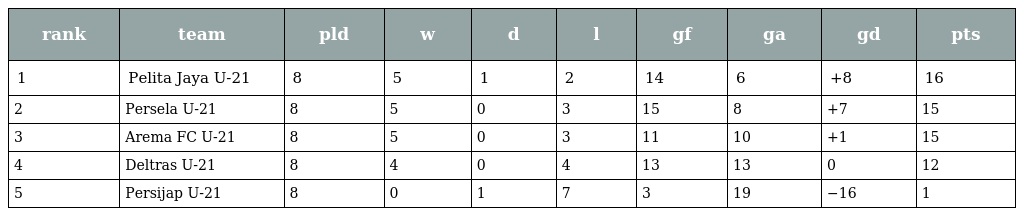
| rank | team | pld | w | d | l | gf | ga | gd | pts |
 | --- | --- | --- | --- | --- | --- | --- | --- | --- | --- |
 | 1 | Pelita Jaya U-21 | 8 | 5 | 1 | 2 | 14 | 6 | +8 | 16 |
 | 2 | Persela U-21 | 8 | 5 | 0 | 3 | 15 | 8 | +7 | 15 |
 | 3 | Arema FC U-21 | 8 | 5 | 0 | 3 | 11 | 10 | +1 | 15 |
 | 4 | Deltras U-21 | 8 | 4 | 0 | 4 | 13 | 13 | 0 | 12 |
 | 5 | Persijap U-21 | 8 | 0 | 1 | 7 | 3 | 19 | −16 | 1 |